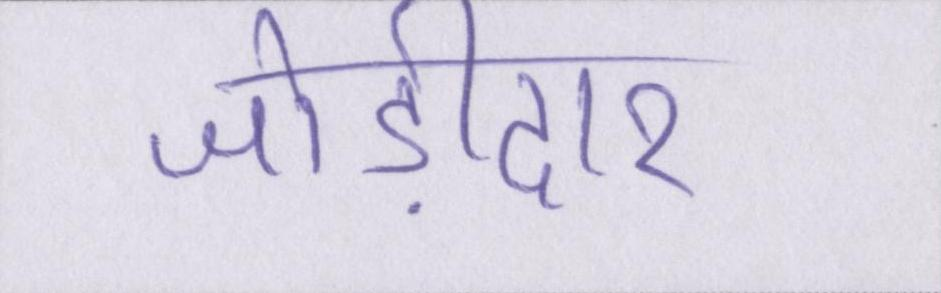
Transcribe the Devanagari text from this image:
जोड़ीदार